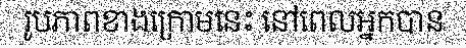
រូបភាពខាងក្រោមនេះ នៅពេលអ្នកបាន